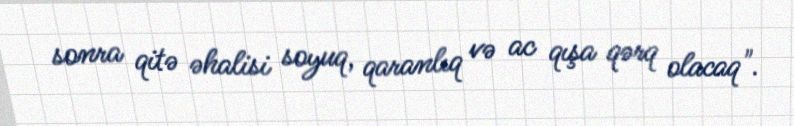
sonra qitə əhalisi soyuq, qaranlıq və ac qışa qərq olacaq".